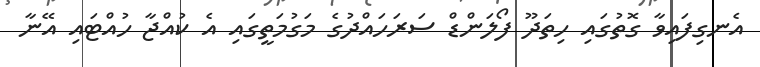
އެނގިފައިވާ ގޮތުގައި ހިތަދޫ ފޯލަންޑް ސަރަހައްދުގެ މަގުމަތީގައި އެ ކުއްޖާ ހުއްޓައި އޭނާ